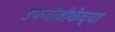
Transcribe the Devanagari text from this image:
उपजीवीकेच्या